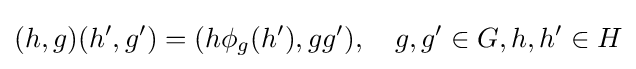
(h,g)(h',g')=(h\phi _{g}(h'),gg'),\quad g,g'\in G,h,h'\in H